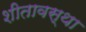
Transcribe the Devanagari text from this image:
शीतावस्था